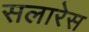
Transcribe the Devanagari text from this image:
सलारेस